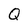
Character: Q